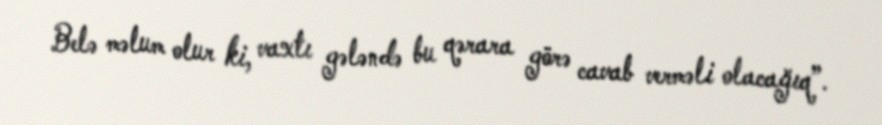
Belə məlum olur ki, vaxtı gələndə bu qərara görə cavab verməli olacağıq”.